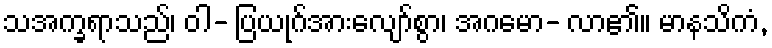
သအက္ခရာသည်၊ ဝါ- ပြယုဂ်အားလျော်စွာ၊ အဂမော- လာ၏။ မာနသိကံ,